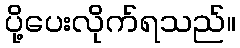
ပို့ပေးလိုက်ရသည်။